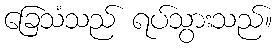
ခြေသံသည် ရပ်သွားသည်။